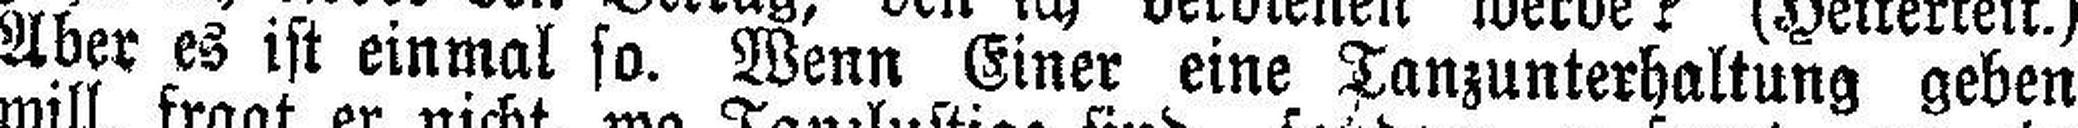
Aber es ist einmal so. Wenn Einer eine Tanzunterhaltung geben